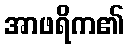
အာဖရိက၏